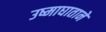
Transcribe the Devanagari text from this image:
उष्माघाताने